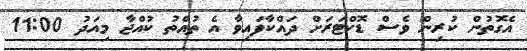
އެގޮތުން ކުރިން ވެސް ޑޮކްޓަރަށް ދައްކާފައިވާ އެ ތުއްތު ކުއްޖާ މިއަދު 11:00